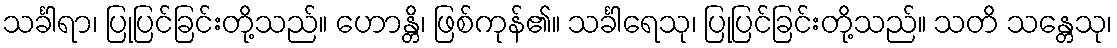
သင်္ခါရာ၊ ပြုပြင်ခြင်းတို့သည်။ ဟောန္တိ၊ ဖြစ်ကုန်၏။ သင်္ခါရေသု၊ ပြုပြင်ခြင်းတို့သည်။ သတိ သန္တေသု၊